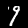
Digit: 9